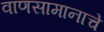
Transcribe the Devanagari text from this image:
वाणसामानाचे